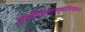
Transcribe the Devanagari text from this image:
इत्यखिलसारगुणाभिरामः।।